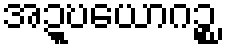
အဍ္ဎယောဂဉ္စ